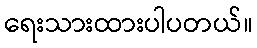
ရေးသားထားပါပတယ်။